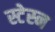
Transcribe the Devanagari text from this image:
स्टेस्न